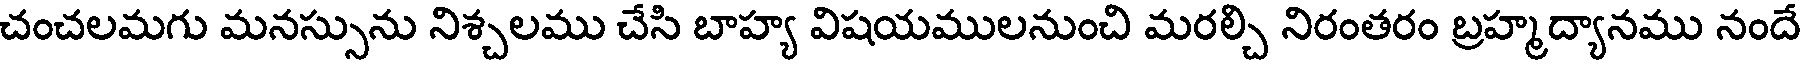
చంచలమగు మనస్సును నిశ్చలము చేసి బాహ్య విషయములనుంచి మరల్చి నిరంతరం బ్రహ్మద్యానము నందే